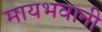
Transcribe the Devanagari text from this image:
मायभवानी